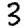
Digit: 3